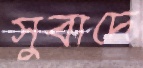
সুবাদে